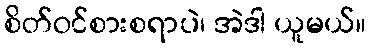
စိတ်ဝင်စားစရာပဲ၊ အဲဒါ ယူမယ်။